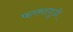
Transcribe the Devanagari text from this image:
फरमागुडी